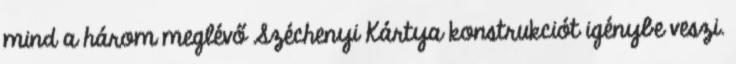
mind a három meglévő Széchenyi Kártya konstrukciót igénybe veszi.